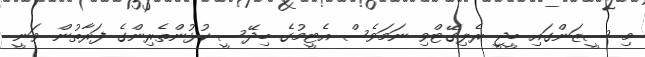
މި ސީޒަންގައި ބީޖީ ރެލިގޭޓްވި ނަމަވެސް އެޓީމުގެ ބިދޭސީ ކުޅުންތެރިންގެ ފަރާތުން ވަނީ